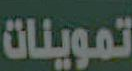
تموينات